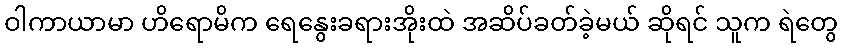
ဝါကာယာမာ ဟိရောမိက ရေနွေးခရားအိုးထဲ အဆိပ်ခတ်ခဲ့မယ် ဆိုရင် သူက ရဲတွေ